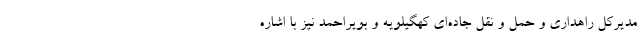
مدیرکل راهداری و حمل و نقل جاده‌ای کهگیلویه و بویراحمد نیز با اشاره